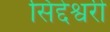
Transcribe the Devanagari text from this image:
सिद्देश्वरी